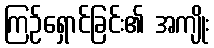
ကြဉ်ရှောင်ခြင်း၏ အကျိုး